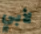
لأبي